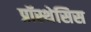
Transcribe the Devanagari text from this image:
प्रॉस्थेसिस